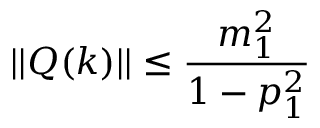
\lvert | Q ( k ) \rvert | \leq \frac { m _ { 1 } ^ { 2 } } { 1 - p _ { 1 } ^ { 2 } }